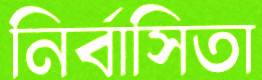
নির্বাসিতা